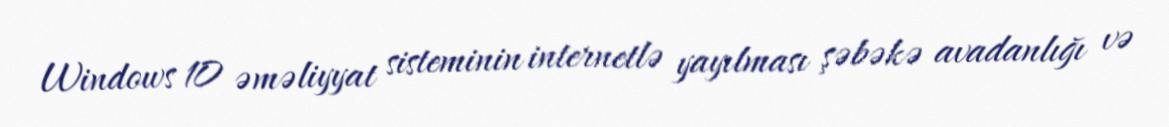
Windows 10 əməliyyat sisteminin internetlə yayılması şəbəkə avadanlığı və